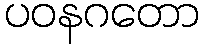
ပဝနဂတော